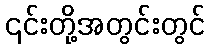
၎င်းတို့အတွင်းတွင်